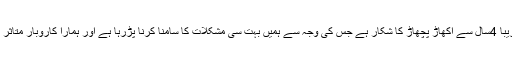
اس موقع پر تاجروں نے گفتگو کرتے ہوئے کہا کہ سورج میانی روڈ تقریباً 4سال سے اکھاڑ پچھاڑ کا شکار ہے جس کی وجہ سے ہمیں بہت سی مشکلات کا سامنا کرنا پڑرہا ہے اور ہمارا کاروبار متاثر ہورہا ہے‘ گرد آلود فضا سے بھی وہاں بہت سی بیماریاں پیدا ہورہی ہیں۔